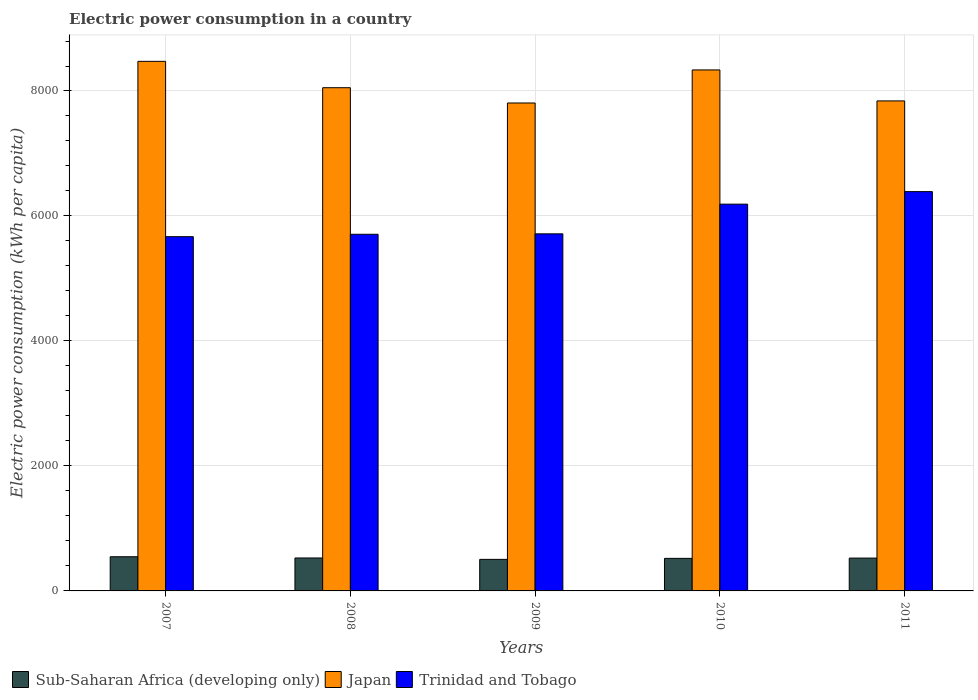
| Years | Sub-Saharan Africa (developing only) | Japan | Trinidad and Tobago |
 | --- | --- | --- | --- |
 | 2007 | 547 | 8.47e+03 | 5.67e+03 |
 | 2008 | 527 | 8.05e+03 | 5.71e+03 |
 | 2009 | 505 | 7.81e+03 | 5.71e+03 |
 | 2010 | 521 | 8.34e+03 | 6.19e+03 |
 | 2011 | 525 | 7.84e+03 | 6.39e+03 |